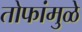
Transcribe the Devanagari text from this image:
तोफांमुळे